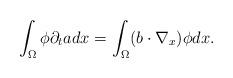
LaTeX: \begin{align*} \int_{\Omega} \phi\partial_{t} a dx= \int_{\Omega }(b \cdot\nabla_{x})\phi dx. \end{align*}